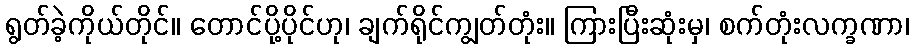
ရွတ်ခဲ့ကိုယ်တိုင်။ တောင်ပို့ပိုင်ဟု၊ ချက်ရိုင်ကျွတ်တုံး။ ကြားပြီးဆုံးမှ၊ စက်တုံးလက္ခဏာ၊